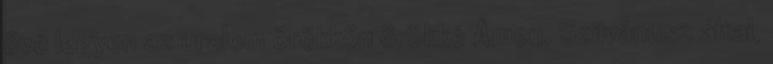
övé legyen az uralom örökkön örökké Ámen. Szilvánusz által,